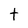
Character: t